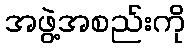
အဖွဲ့အစည်းကို